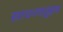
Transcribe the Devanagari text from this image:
साधनचतुष्टय